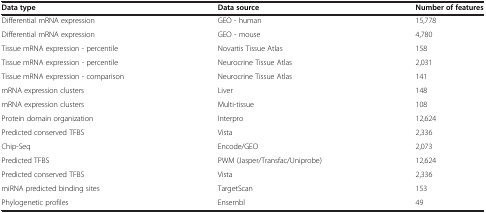
<table><thead><tr><td><b>Data type</b></td><td><b>Data source</b></td><td><b>Number of features</b></td></tr></thead><tbody><tr><td>Differential mRNA expression</td><td>GEO - human</td><td>15,778</td></tr><tr><td>Differential mRNA expression</td><td>GEO - mouse</td><td>4,780</td></tr><tr><td>Tissue mRNA expression - percentile</td><td>Novartis Tissue Atlas</td><td>158</td></tr><tr><td>Tissue mRNA expression - percentile</td><td>Neurocrine Tissue Atlas</td><td>2,031</td></tr><tr><td>Tissue mRNA expression - comparison</td><td>Neurocrine Tissue Atlas</td><td>141</td></tr><tr><td>mRNA expression clusters</td><td>Liver</td><td>148</td></tr><tr><td>mRNA expression clusters</td><td>Multi-tissue</td><td>108</td></tr><tr><td>Protein domain organization</td><td>Interpro</td><td>12,624</td></tr><tr><td>Predicted conserved TFBS</td><td>Vista</td><td>2,336</td></tr><tr><td>Chip-Seq</td><td>Encode/GEO</td><td>2,073</td></tr><tr><td>Predicted TFBS</td><td>PWM (Jasper/Transfac/Uniprobe)</td><td>12,624</td></tr><tr><td>Predicted conserved TFBS</td><td>Vista</td><td>2,336</td></tr><tr><td>miRNA predicted binding sites</td><td>TargetScan</td><td>153</td></tr><tr><td>Phylogenetic profiles</td><td>Ensembl</td><td>49</td></tr></tbody></table>